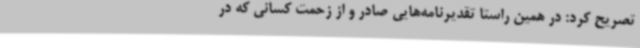
تصریح کرد: در همین راستا تقدیرنامه‌هایی صادر و از زحمت کسانی که در